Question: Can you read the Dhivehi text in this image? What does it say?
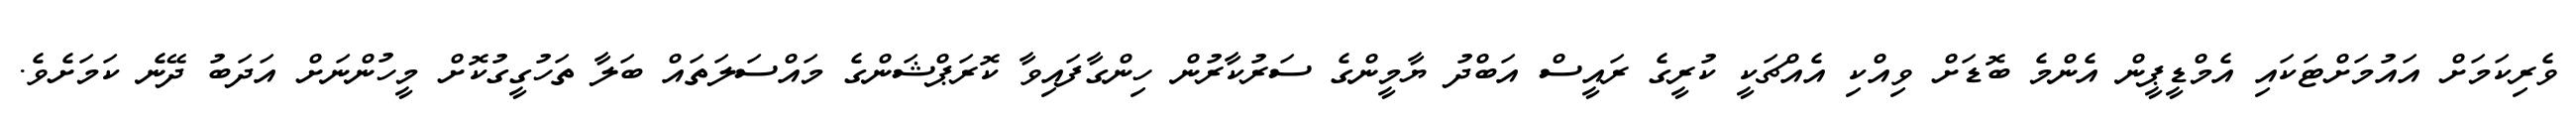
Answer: ވެރިކަމަށް އައުމަށްޓަކައި އެމްޑީޕީން އެންމެ ބޮޑަށް ވިއްކި އެއްޗަކީ ކުރީގެ ރައީސް އަބްދު ޔާމީންގެ ސަރުކާރުން ހިންގާފައިވާ ކޮރަޕްޝަންގެ މައްސަލަތައް ބަލާ ތަހުގީގުކޮށް މީހުންނަށް އަދަބު ދޭނެ ކަމަށެވެ.